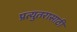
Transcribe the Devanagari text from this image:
प्रत्युतरासाठी